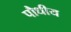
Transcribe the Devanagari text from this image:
पौधीय